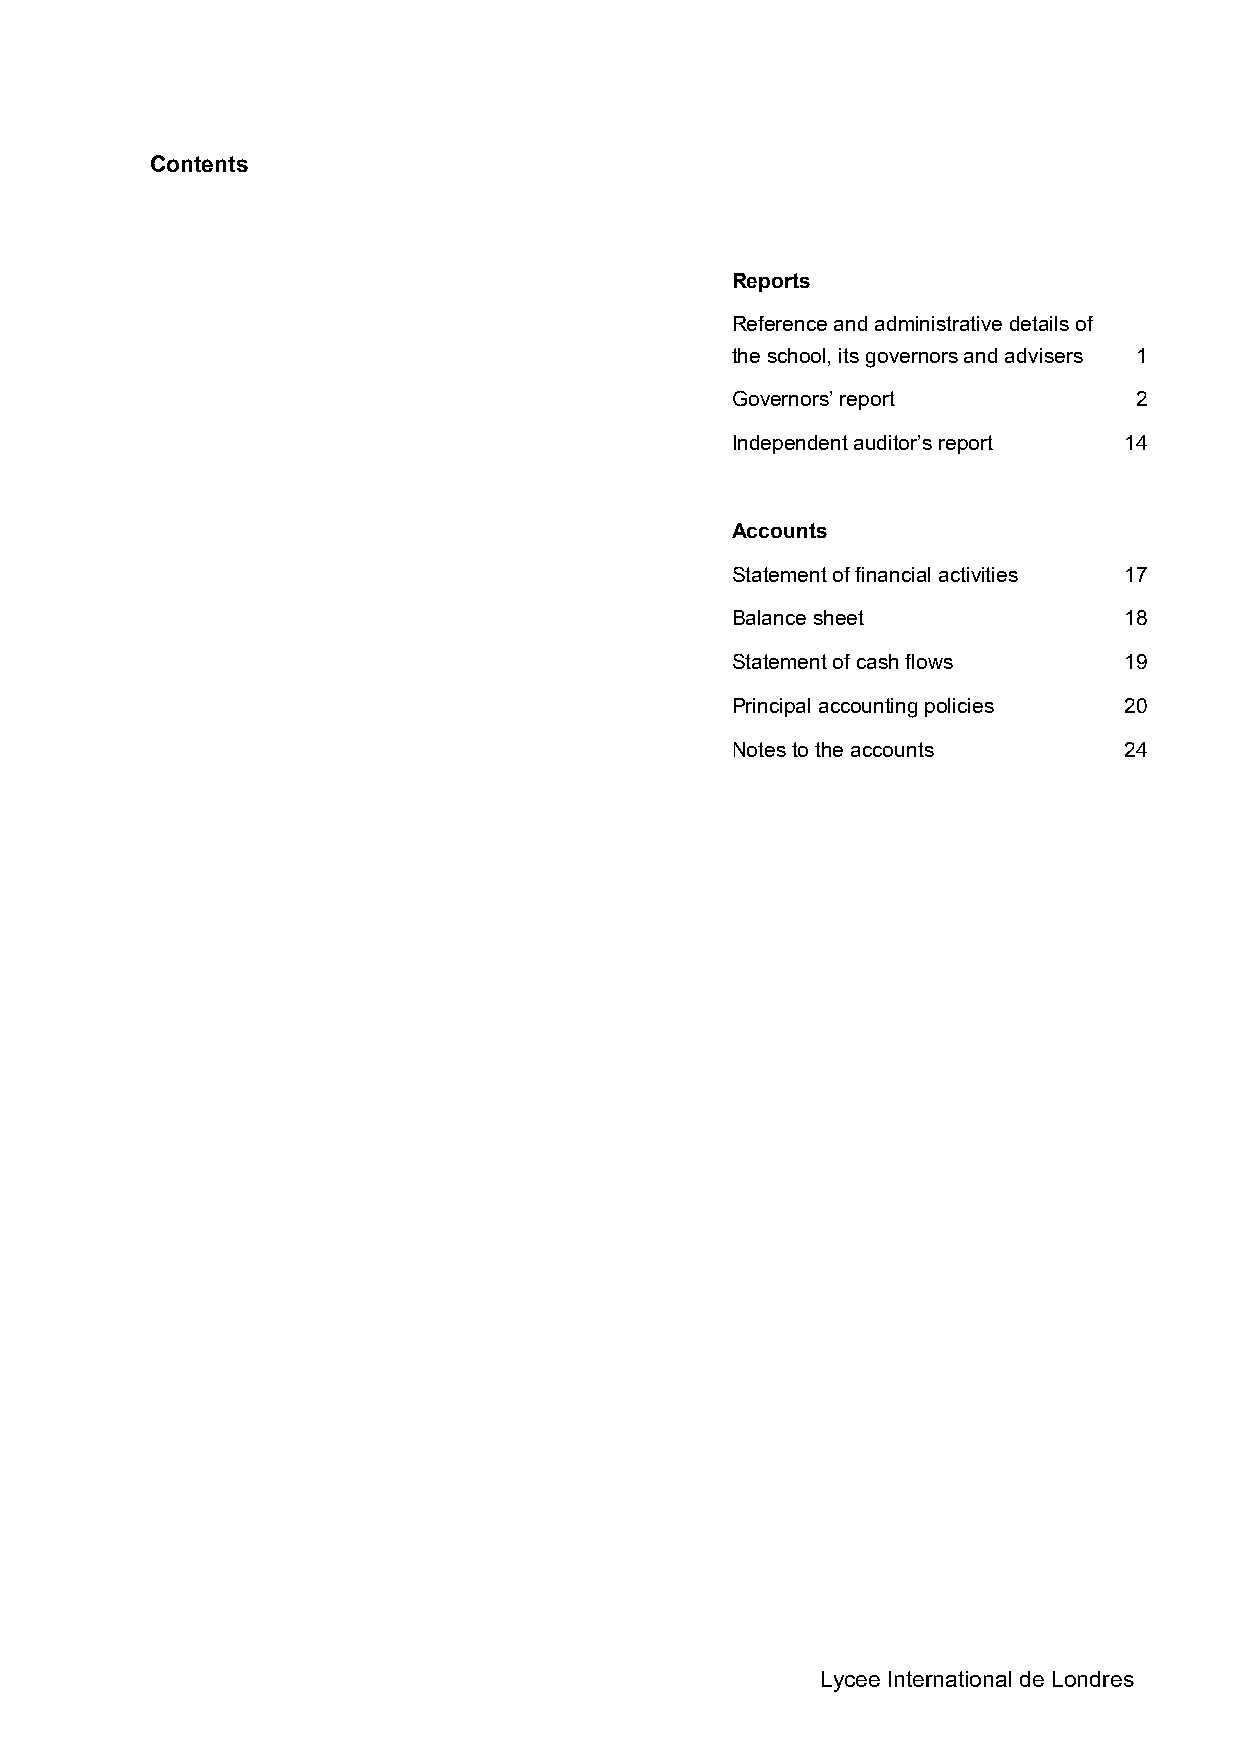
Contents
 Reports
 Reference and administrative details of
 the school, its governors and advisers 1
 Governors’ report          2
 Independent auditor’s report 14
 Accounts
 Statement of financial activities 17
 Balance sheet             18
 Statement of cash flows   19
 Principal accounting policies 20
 Notes to the accounts     24
 Lycee International de Londres